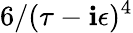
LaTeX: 6/(\tau-\mathbf{i}\epsilon)^{4}